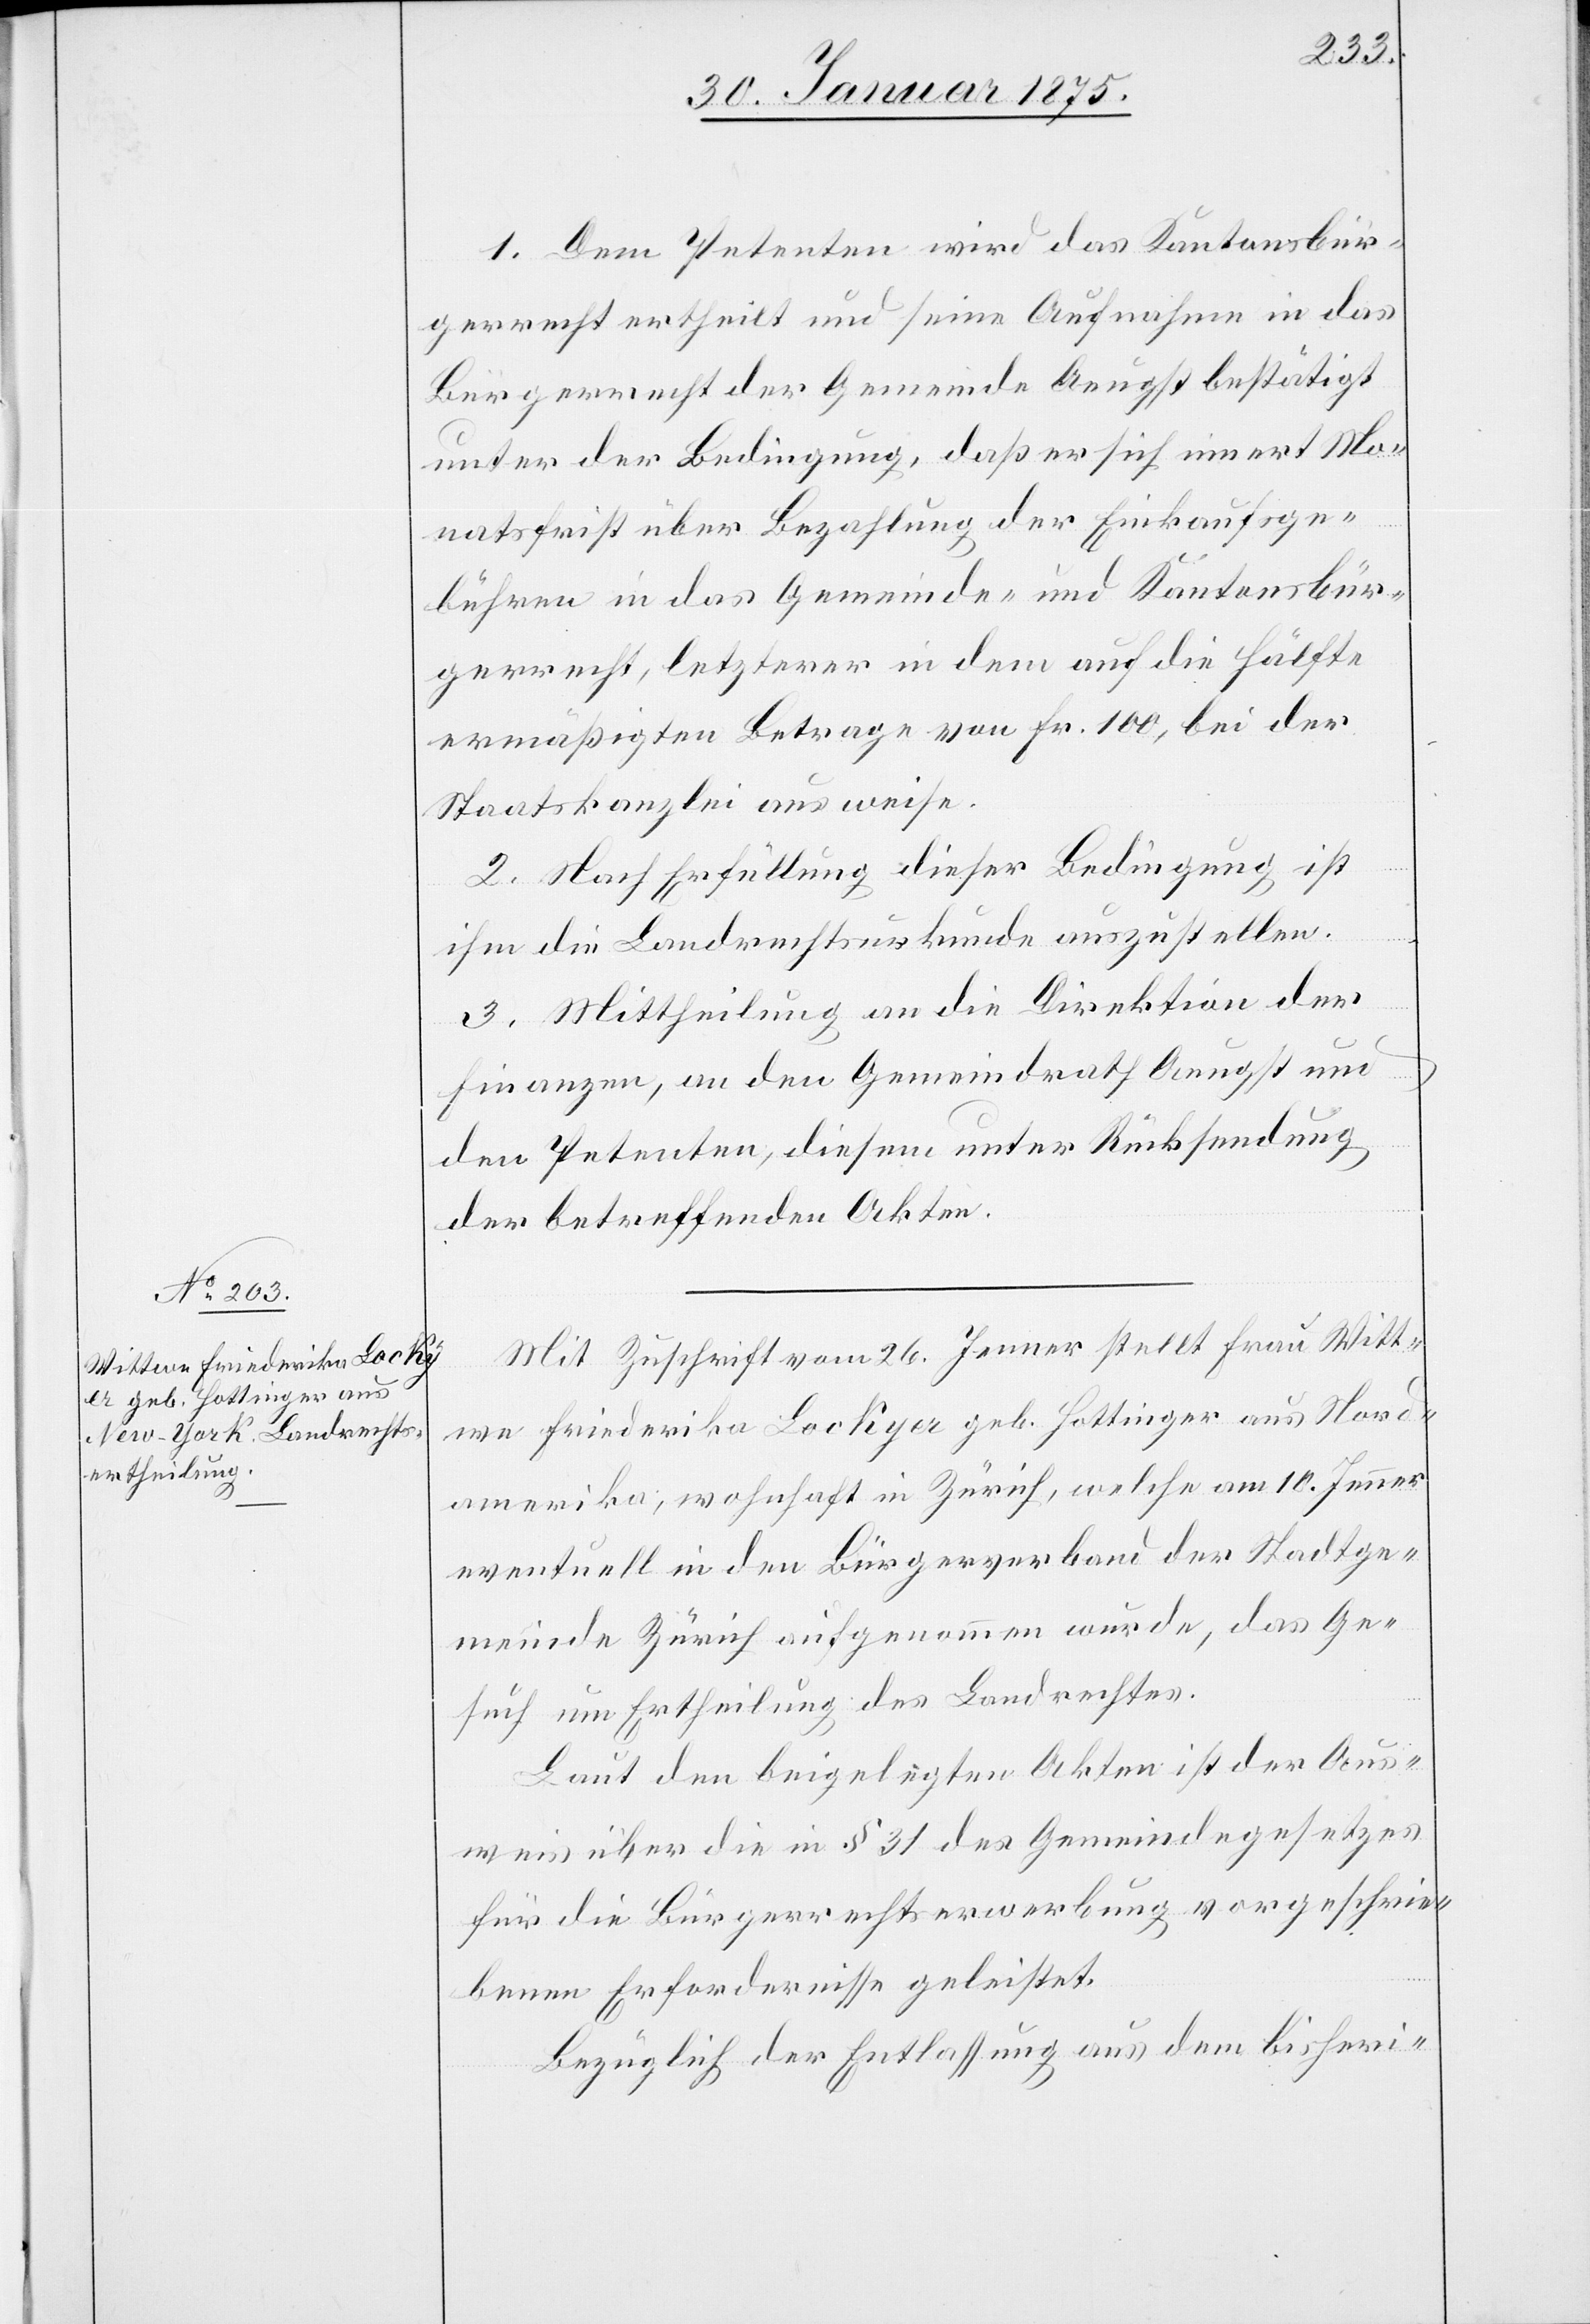
1. Dem Petenten wird das Kantonsbür¬
gerrecht ertheilt und seine Aufnahme in das
Bürgerrecht der Gemeinde Aeugst bestätigt
unter der Bedingung, daß er sich innert Mo¬
natsfrist über Bezahlung der Einkaufsge¬
bühren in das Gemeinde- und Kantonsbür¬
gerrecht, letztere in dem auf die Hälfte
ermäßigten Betrage von Fr. 100, bei der
Staatskanzlei ausweise.
2. Nach Erfüllung dieser Bedingung ist
ihm die Landrechtsurkunde auszustellen.
3. Mittheilung an die Direktion der
Finanzen, an den Gemeindrath Aeugst und
den Petenten, diesem unter Rücksendung
der betreffenden Akten.
Mit Zuschrift vom 26. Jenner stellt Frau Witt¬
we Friederika Lockyer geb. Hottinger aus Nord¬
amerika, wohnhaft in Zürich, welche am 10. Jenner
eventuell in den Bürgerverband der Stadtge¬
meinde Zürich aufgenommen wurde, das Ge¬
such um Ertheilung des Landrechtes.
Laut den beigelegten Akten ist der Aus¬
weis über die in § 31 des Gemeindegesetzes
für die Bürgerrechtserwerbung vorgeschrie¬
benen Erfordernisse geleistet.
Bezüglich der Entlassung aus dem bisheri-